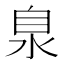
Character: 𣳻